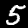
Label: 5